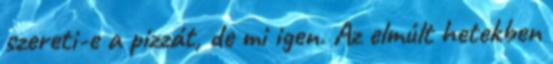
szereti-e a pizzát, de mi igen. Az elmúlt hetekben